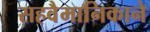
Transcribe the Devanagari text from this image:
सहवैमानिकाने